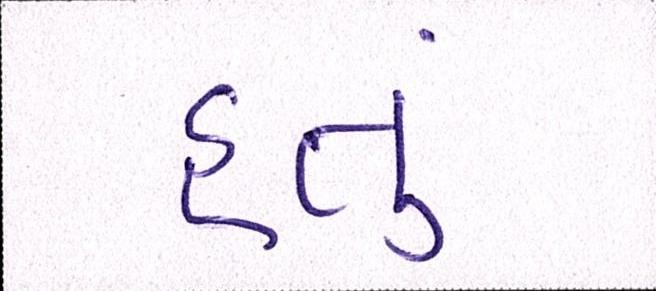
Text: હતું